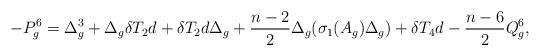
LaTeX: \begin{align*}-P_g^6=\Delta_g^3+\Delta_g \delta T_2 d+\delta T_2 d \Delta_g+\frac{n-2}{2}\Delta_g(\sigma_1(A_g)\Delta_g)+\delta T_4 d-\frac{n-6}{2}Q_g^6,\end{align*}